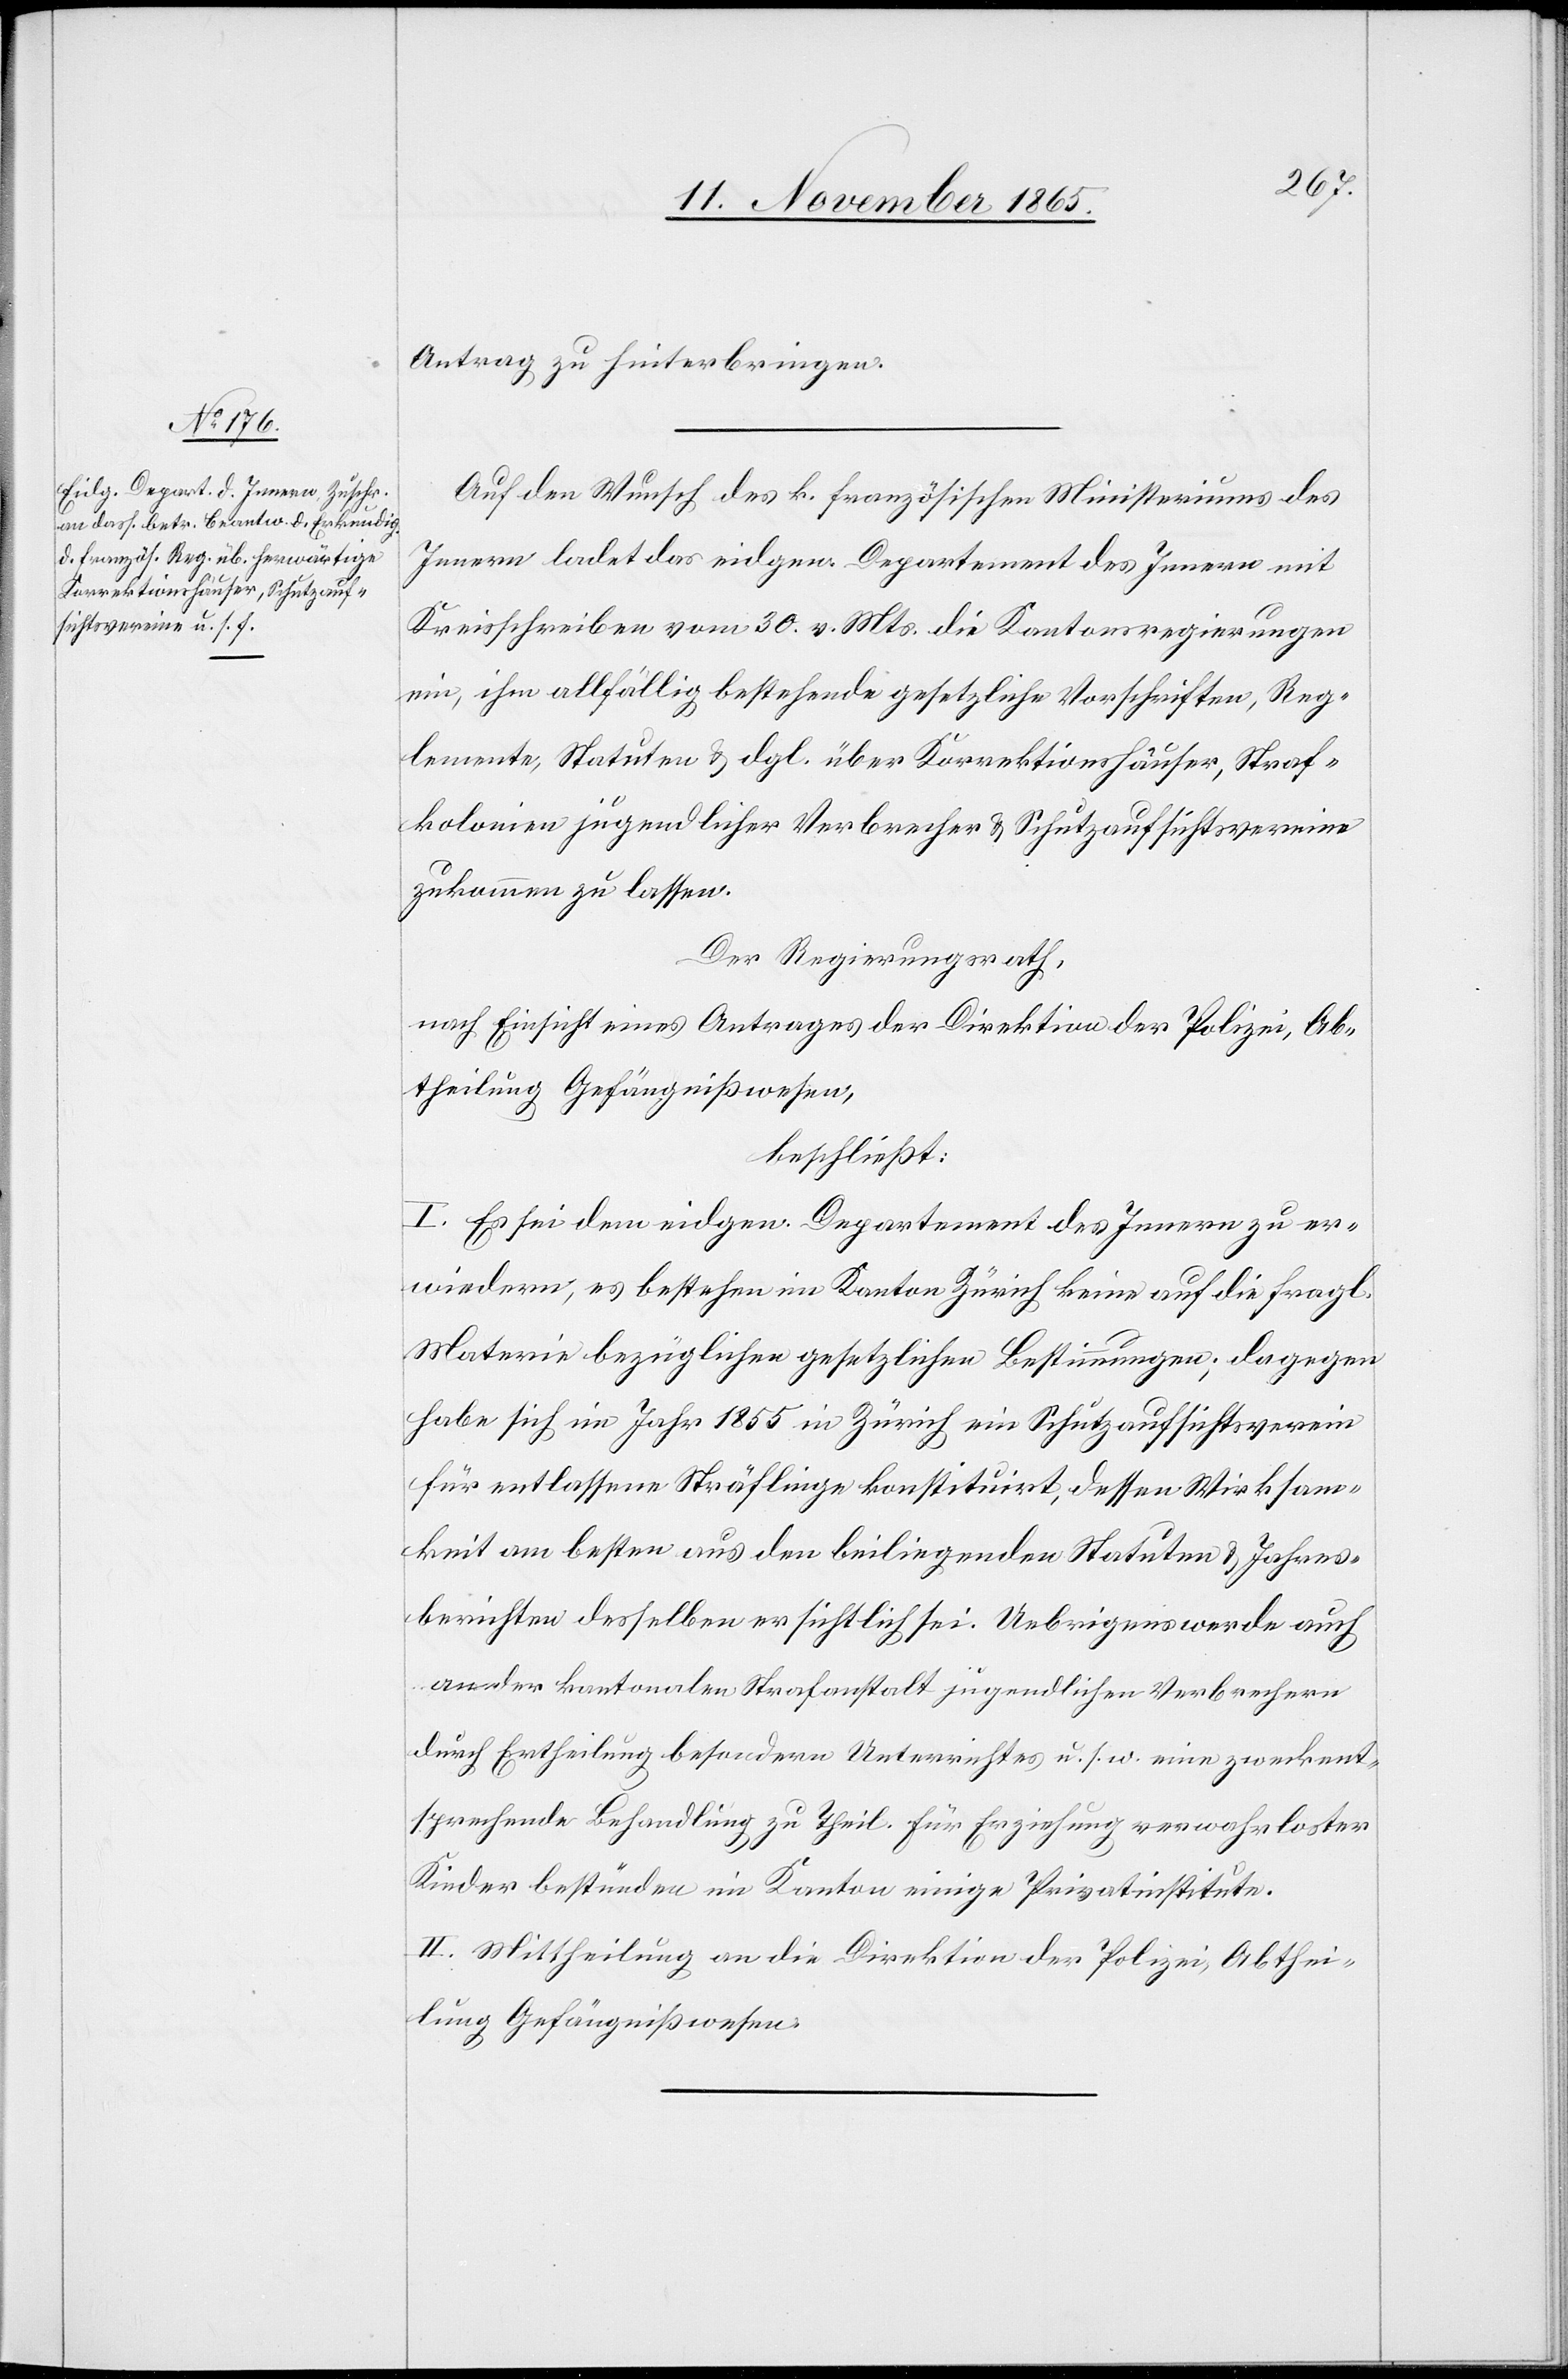
Antrag zu hinterbringen.
Auf den Wunsch des k. französischen Ministeriums des
Innern ladet das eidgen. Departement des Innern mit
Kreisschreiben vom 20. v. Mts. die Kantonsregierungen
ein, ihm allfällig bestehende gesetzliche Vorschriften, Reg¬
lemente, Statuten & dgl. über Korrektionshäuser, Straf¬
kolonien jugendlicher Verbrecher & Schutzaufsichtsvereine
zukommen zu lassen.
Der Regierungsrath,
nach Einsicht eines Antrages der Direktion der Polizei, Ab¬
theilung Gefängnißwesen,
beschließt:
I. Es sei dem eidgen. Departement des Innern zu er¬
wiedern, es bestehen im Kanton Zürich keine auf die fragl.
Materie bezüglichen gesetzlichen Bestimmungen; dagegen
habe sich im Jahr 1855 in Zürich ein Schutzaufsichtsverein
für entlassene Sträflinge konstituirt, dessen Wirksam¬
keit am besten aus den beiliegenden Statuten & Jahres¬
berichten desselben ersichtlich sei. Uebrigens werde auch
an der kantonalen Strafanstalt jugendlichen Verbrechern
durch Ertheilung besondern Unterrichtes u. s. w. eine zweckent¬
sprechende Behandlung zu Theil. Für Erziehung verwahrloster
Kinder bestünden im Kanton einige Privatinstitute.
II. Mittheilung an die Direktion der Polizei, Abthei¬
lung Gefängnißwesen.